65_HS1-834228961_62-HQ-83894_Section_7
Agency: FBI
Page 72
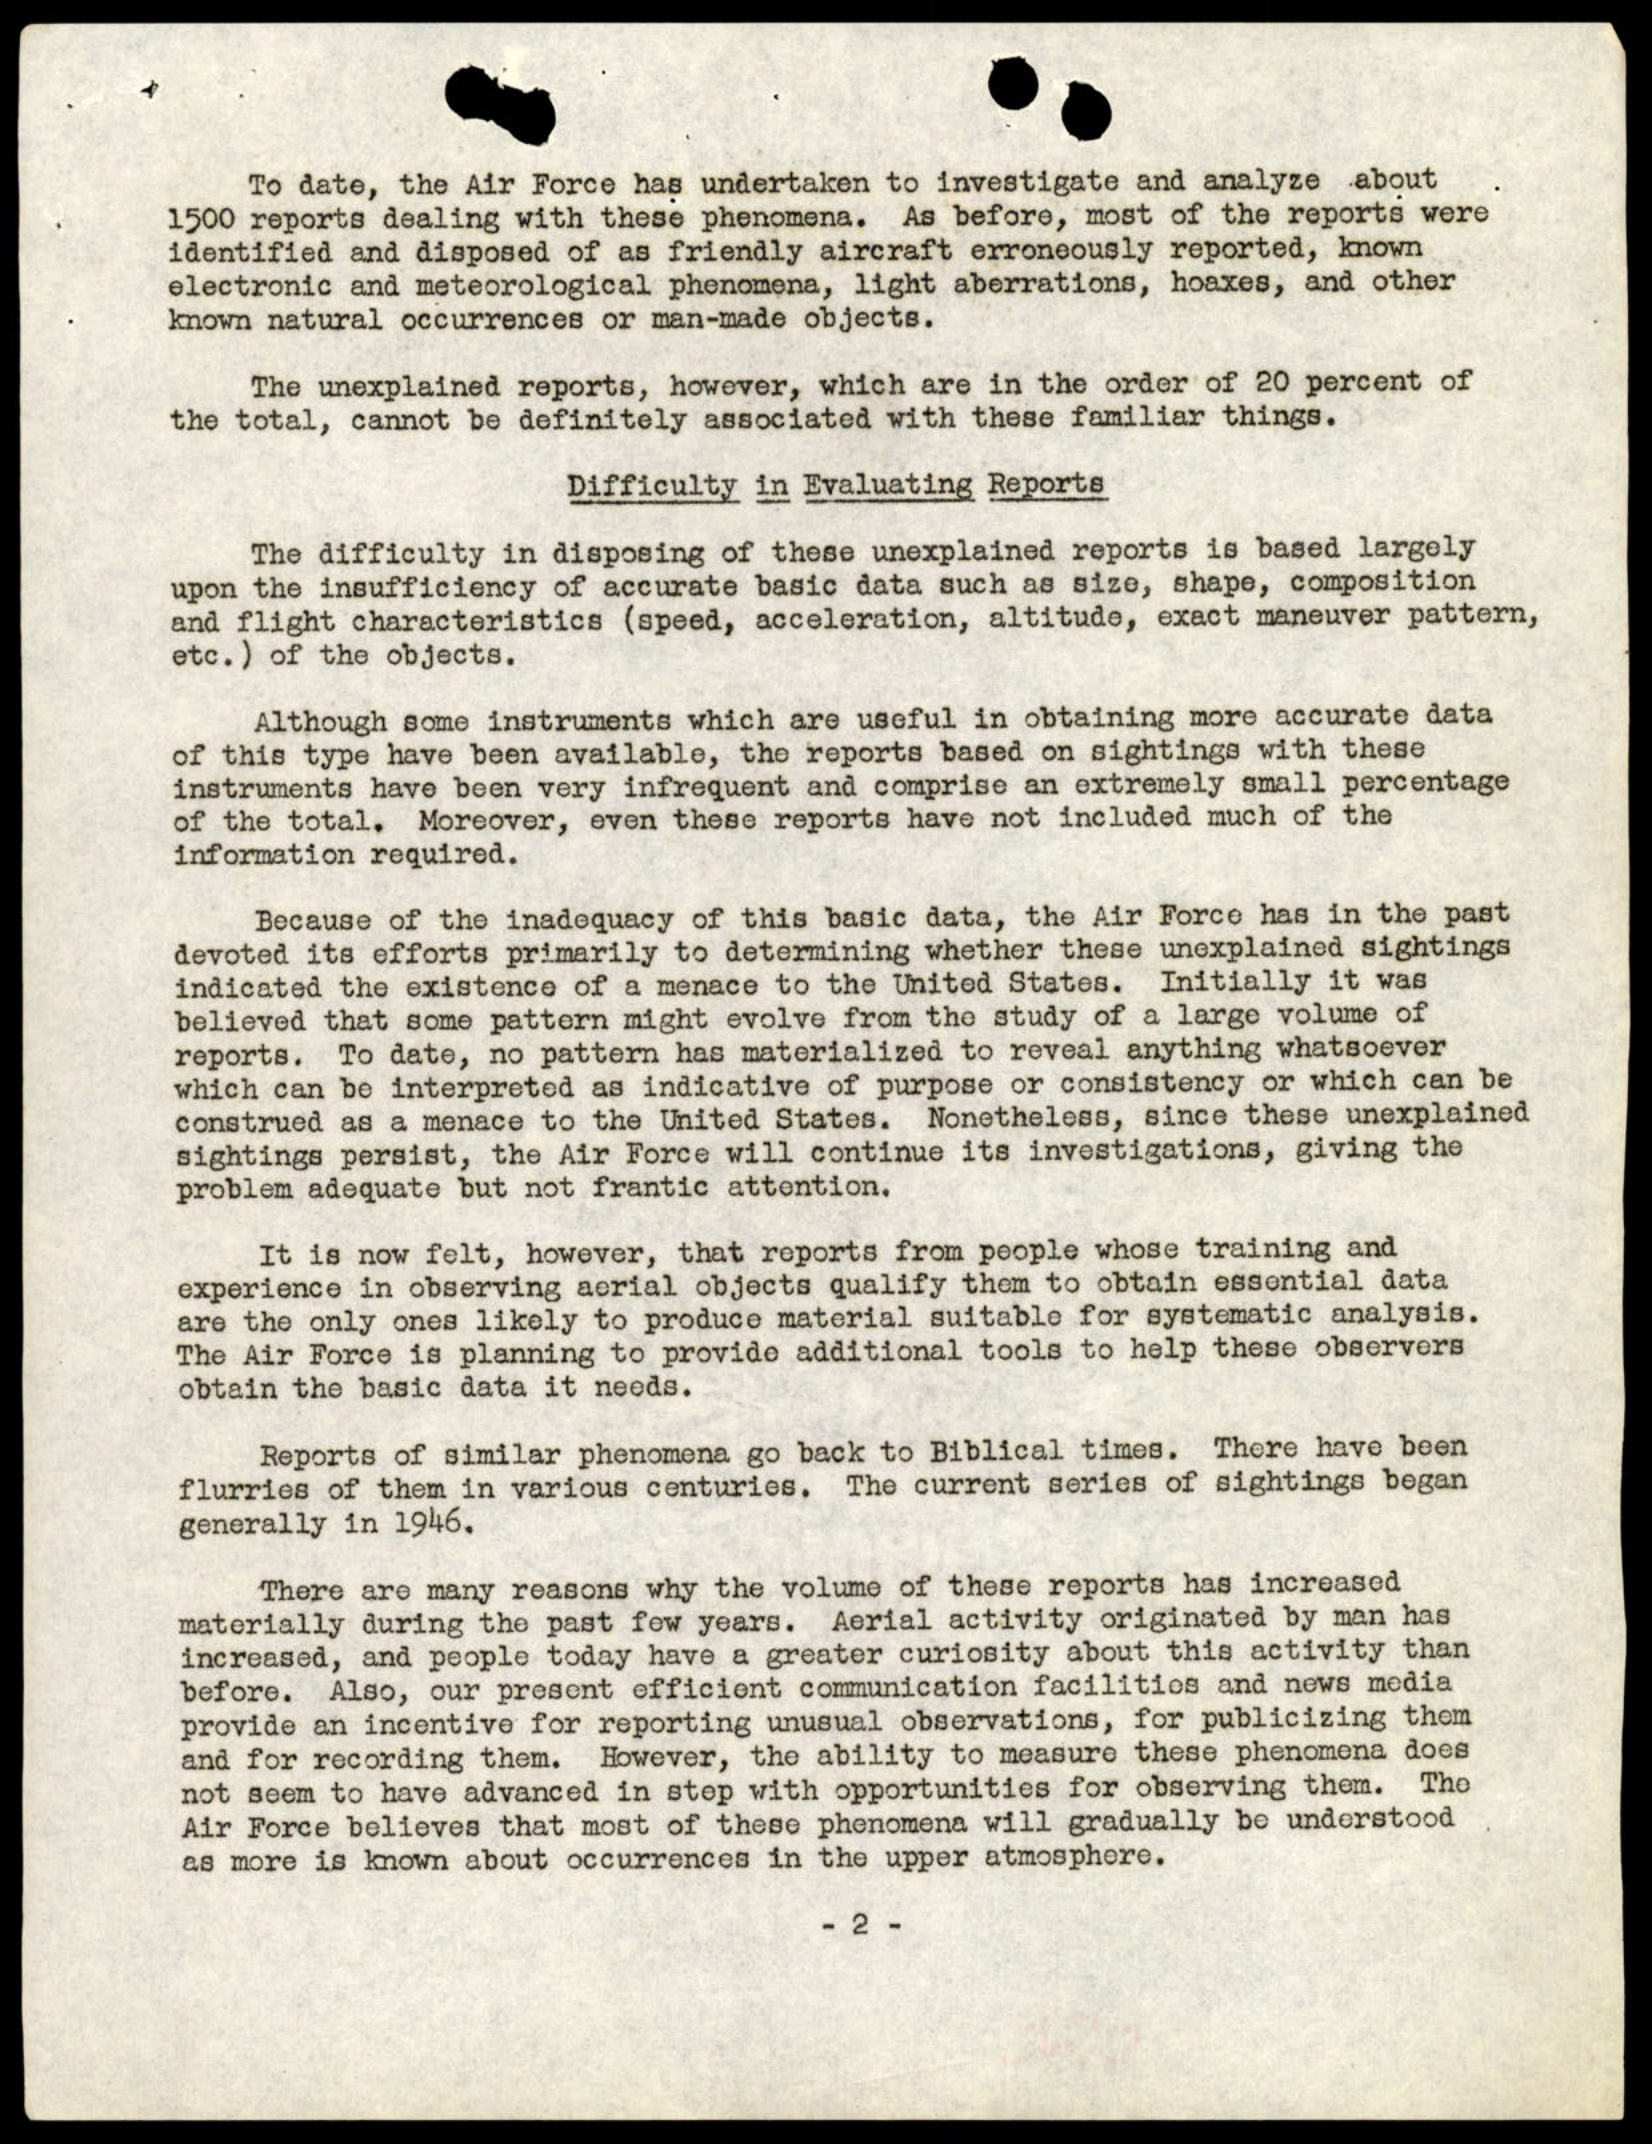